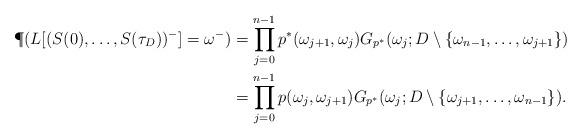
LaTeX: \begin{align*}\P(L[(S(0) , \dots , S({\tau _D}))^-]=\omega^-)&=\prod _{j=0}^{n-1}p^*(\omega _{j+1}, \omega _{j})G_{p^*} (\omega _{j} ; D \setminus \{ \omega _{n-1}, \dots , \omega _{j+1}\}) \\&=\prod _{j=0}^{n-1}p(\omega _{j}, \omega _{j+1})G_{p^*} (\omega _{j} ; D \setminus \{ \omega _{j+1}, \dots , \omega _{n-1}\}).\end{align*}